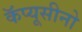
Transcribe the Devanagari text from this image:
कॅप्यूसीनो